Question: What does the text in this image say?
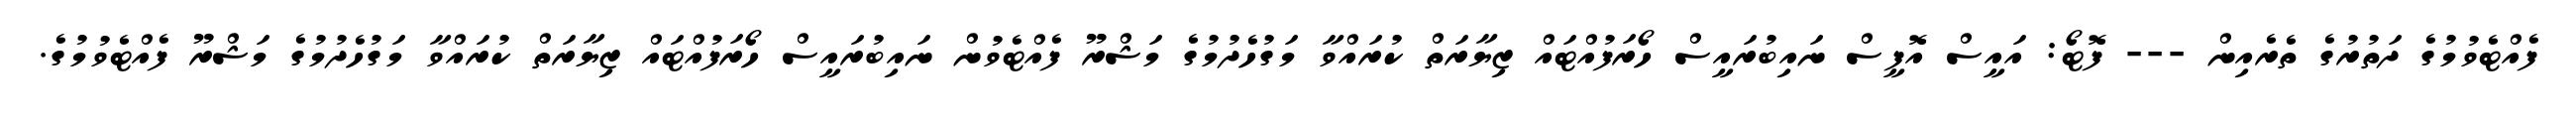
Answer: ފެއްޓެވުމުގެ ދަތުރުގެ ތެރެއިން --- ފޮޓޯ: އައީސް އޮފީސް ނައިބުރައީސް ހޯރަފުއްޓައް ޒިޔާރަތް ކުރައްވާ މަގުހެދުމުގެ މަޝްރޫ ފެއްޓެވުން ނައިބުރައީސް ހޯރަފުއްޓައް ޒިޔާރަތް ކުރައްވާ މަގުހެދުމުގެ މަޝްރޫ ފެއްޓެވުމުގެ.